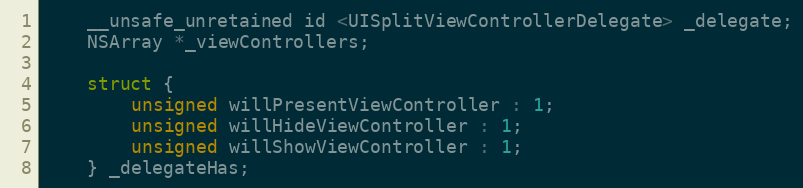
Language: C
    __unsafe_unretained id <UISplitViewControllerDelegate> _delegate;
    NSArray *_viewControllers;

    struct {
        unsigned willPresentViewController : 1;
        unsigned willHideViewController : 1;
        unsigned willShowViewController : 1;
    } _delegateHas;